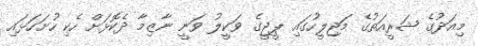
މިއަދުގެ ޝަރީއަތުގެ މަޖިލީހުގައި ޕީޖީގެ ވަކީލު ވަނީ ނާޒިމާ ދެކޮޅަށް ހެކި ހުށަހަޅައި